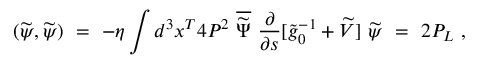
( \widetilde \psi , \widetilde \psi ) \ = \ - \eta \int d ^ { 3 } x ^ { T } 4 P ^ { 2 } \ \overline { { { \widetilde \Psi } } } \ \frac { \partial } { \partial s } [ \widetilde g _ { 0 } ^ { - 1 } + \widetilde V ] \ \widetilde \psi \ = \ 2 P _ { L } \ ,